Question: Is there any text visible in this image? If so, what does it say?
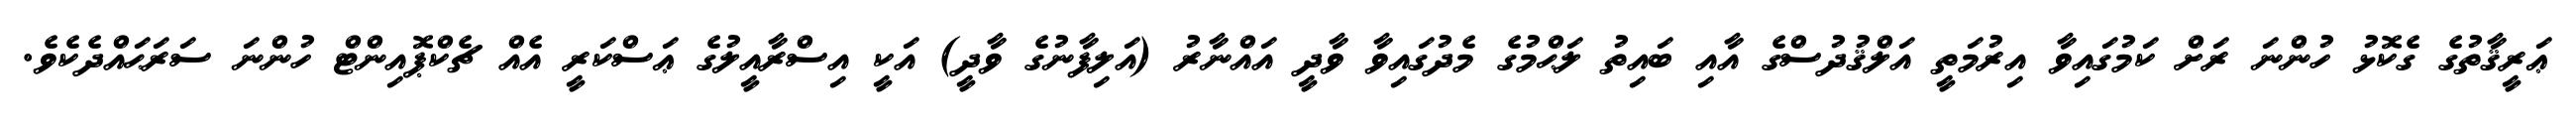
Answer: ޢަރީޤާތުގެ ގެކޮޅު ހުންނަ ރަށް ކަމުގައިވާ އިރުމަތީ އަލްޤުދުސްގެ އާއި ބައިތު ލަޙްމުގެ މެދުގައިވާ ވާދީ އައްނާރު (އަލިފާނުގެ ވާދީ) އަކީ އިސްރާއީލުގެ ޢަސްކަރީ އެއް ޗެކްޕޮއިންޓް ހުންނަ ސަރަޙައްދެކެވެ.